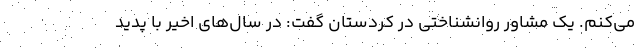
می‌کنم. یک مشاور روانشناختی در کردستان گفت: در سال‌های اخیر با پدید